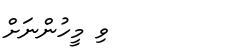
ވި މީހުންނަށް